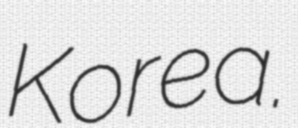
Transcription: Korea.